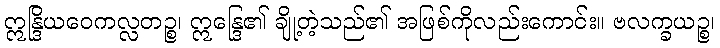
ဣန္ဒြိယဝေကလ္လတဉ္စ၊ ဣန္ဒြေ၏ ချို့တဲ့သည်၏ အဖြစ်ကိုလည်းကောင်း။ ဗလက္ခယဉ္စ၊